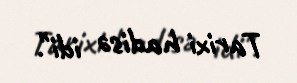
Tarixi hadisə idi".